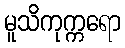
မူသိကုက္ကရော